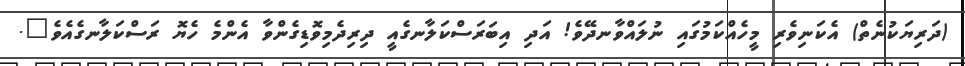
(ދަރިޔަކުނެތް) އެކަނިވެރި މީހެއްކަމުގައި ނުލައްވާނދޭވެ! އަދި އިބަރަސްކަލާނގެއީ ދިރިދެމިވޮޑިގެންވާ އެންމެ ހެޔޮ ރަސްކަލާނގެއެވެ".